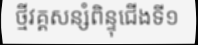
ថ្មីវគ្គសន្សំពិន្ទុជើងទី១